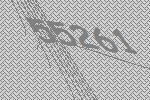
55261